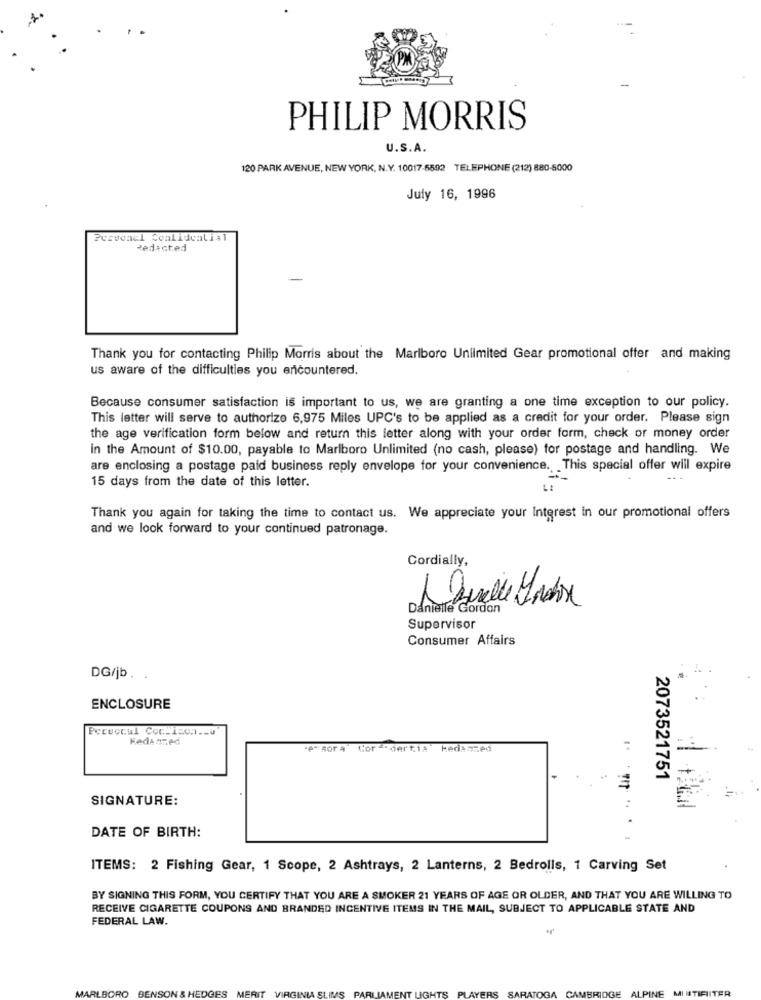
PHILIP MORRIS
U.S.A.
120 PARK AVENUE, NEW YORK, N.Y. 10017-6592 TELEPHONE (212) 880-5000
July 16, 1996
Pcrvonul Coalidealis1
Redicted
Thank you for contacting Philip Morris about the Marlboro Unlimited Gear promotional offer and making
us aware of the difficulties you encountered.
Because consumer satisfaction is important to us, we are granting a one time exception to our policy.
This letter will serve to authorize 6,975 Miles UPC's to be applied as a credit for your order. Please sign
the age verification form below and return this letter along with your order form, check or money order
in the Amount of $10.00, payable to Marlboro Unlimited (no cash, please) for postage and handling. We
are enclosing a postage paid business reply envelope for your convenience. This special offer will expire
15 days from the date of this letter.
.:
Thank you again for taking the time to contact us. We appreciate your Interest in our promotional offers
and we look forward to your continued patronage.
Cordially,
Daniatle Gordon
Supervisor
Consumer Affairs
DG/jb. .
ENCLOSURE
Pervocal Coc.icon .- u
KedASTed
"e"sora Cordertia kedanced
2073521751
SIGNATURE:
.. .
DATE OF BIRTH:
ITEMS: 2 Fishing Gear, 1 Scope, 2 Ashtrays, 2 Lanterns, 2 Bedrolls, 1 Carving Set
BY SIGNING THIS FORM, YOU CERTIFY THAT YOU ARE A SMOKER 21 YEARS OF AGE OR OLDER, AND THAT YOU ARE WILLING TO
RECEIVE CIGARETTE COUPONS AND BRANDED INCENTIVE ITEMS IN THE MAIL, SUBJECT TO APPLICABLE STATE AND
FEDERAL LAW.
MARLBORO
HEDGES
ERIT
VIRGINIA SLIMS
ENT LIGHTS
YERS
SARATOGA
CAMBRIDGE
PINE
ITER